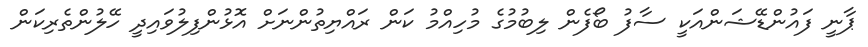
ޕާނީ ފައުންޑޭޝަންއަކީ ސާފު ބޯފެން ލިބުމުގެ މުހިއްމު ކަން ރައްޔިތުންނަށް އޮޅުންފިލުވައިދީ ހޭލުންތެރިކަން